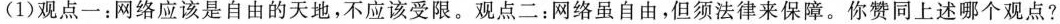
(1)观点一：网络应该是自由的天地，不应该受限。观点二：网络虽自由，但须法律来保障。你赞同上述哪个观点?